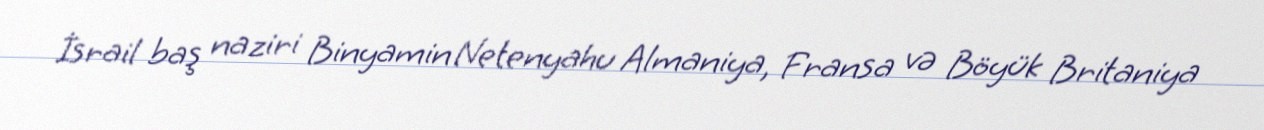
İsrail baş naziri Binyamin Netenyahu Almaniya, Fransa və Böyük Britaniya